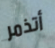
أتذمر